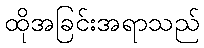
ထိုအခြင်းအရာသည်